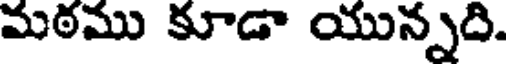
మఠము కూడా యున్నది.